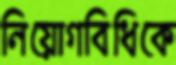
নিয়োগবিধিকে